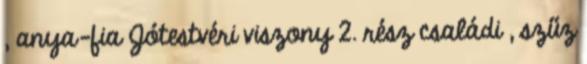
, anya-fia Jótestvéri viszony 2. rész családi , szűz